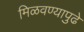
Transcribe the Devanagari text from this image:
मिळवण्यापुढे